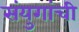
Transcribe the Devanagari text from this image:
संयुगांची